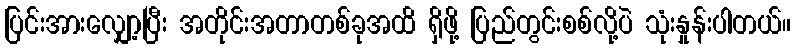
ပြင်းအားလျှော့ပြီး အတိုင်းအတာတစ်ခုအထိ ရှိဖို့ ပြည်တွင်းစစ်လို့ပဲ သုံးနှုန်းပါတယ်။